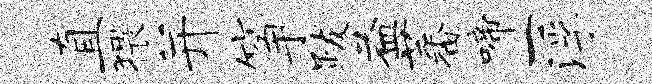
直猥并筝跋益蕃啼一浮